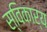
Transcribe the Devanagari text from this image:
स्विकार्य